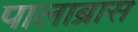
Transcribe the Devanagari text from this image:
पालाब्रास